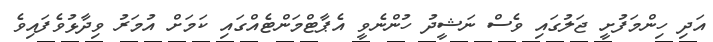
އަދި ހިންމަފުށީ ޖަލުގައި ވެސް ނަޝީދު ހުންނެވީ އެޕާޓްމަންޓެއްގައި ކަމަށް އުމަރު ވިދާޅުވެފައިވެ